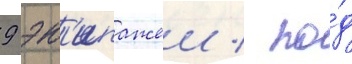
9 эк'ипажеи / по́д